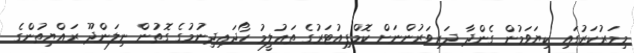
މިމަރުކަޒުގައި ކިޔަވަމުން ގެންދާ ދަރިވަރުންނަށް ކޮމްޕިއުޓަރުގެ ތަޢުލީމު ހޯދައިދިނުމުގެ ގޮތުން ނިލަންދޫ ރައްޔިތުންގެ